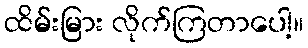
ထိမ်းမြား လိုက်ကြတာပေါ့။